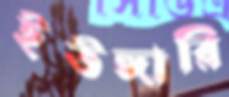
ইউঙ্গারি